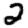
Digit: 2